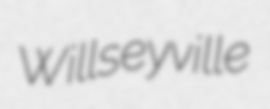
Willseyville